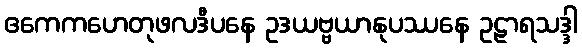
ဧကေကဟေတုဖလဒီပနေ ဥဒယဗ္ဗယာနုပဿနေ ဥဠာရသဒ္ဒါ